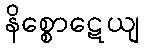
နိစ္စောဋေယျ